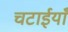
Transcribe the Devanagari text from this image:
चटाईयाँ